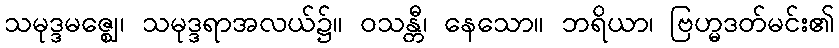
သမုဒ္ဒမဇ္ဈေ၊ သမုဒ္ဒရာအလယ်၌။ ဝသန္တီ၊ နေသော။ ဘရိယာ၊ ဗြဟ္မဒတ်မင်း၏